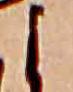
よ